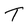
Character: t